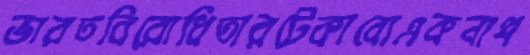
ভারতবিরোধিতারটেকাবোএকনাথ